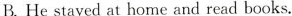
B. He stayed at home and read books.